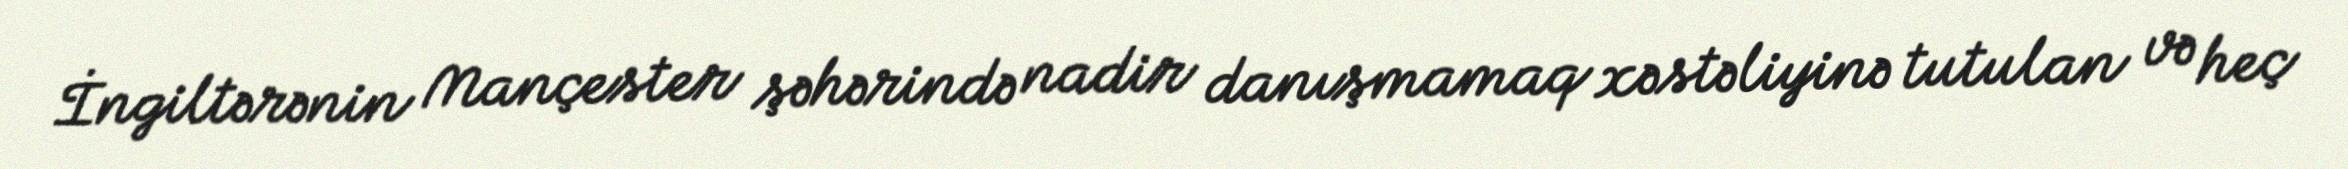
İngiltərənin Mançester şəhərində nadir danışmamaq xəstəliyinə tutulan və heç